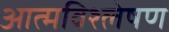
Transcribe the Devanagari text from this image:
आत्मविश्लेषण